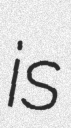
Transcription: is